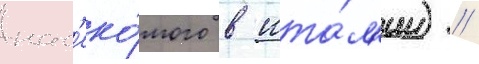
нас'еко́мого в ита́л'ии) //